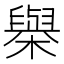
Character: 𣝑